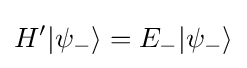
H'|\psi _{-}\rangle =E_{-}|\psi _{-}\rangle